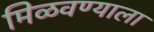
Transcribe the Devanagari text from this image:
मिळवण्याला